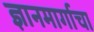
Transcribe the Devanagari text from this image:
ज्ञानमार्गाचा